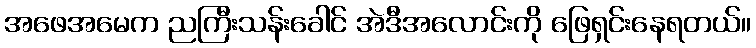
အဖေအမေက ညကြီးသန်းခေါင် အဲဒီအလောင်းကို ဖြေရှင်းနေရတယ်။